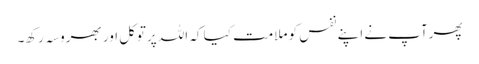
پھرآپ نے اپنے نفس کو ملامت کیا کہ اللہ پرتوکل اور بھروسہ رکھ۔